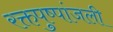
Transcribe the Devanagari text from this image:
रक्तपुष्पांजली